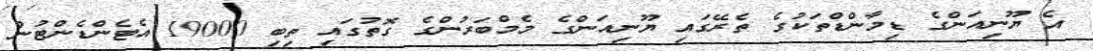
އެ ޔޫނިއަންގެ ޑިމާންޑްތަކުގެ ތެރޭގައި ޔޫނިއަންގެ މެމްބަރުންގެ ގޮތުގައި ތިބި 19000 އެޓެންޑެންޓުން